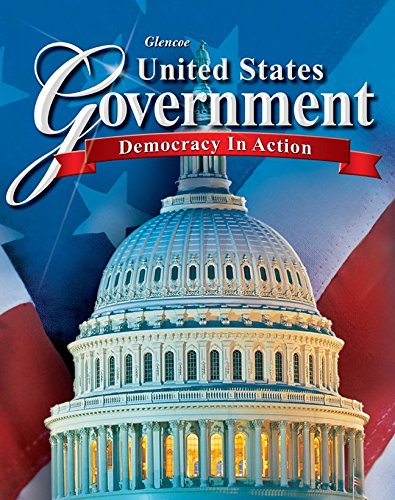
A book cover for United States Government: Democracy in Action, Student Edition (GOVERNMENT IN THE U.S.); McGraw-Hill Education; Teen & Young Adult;